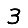
Digit: 3